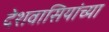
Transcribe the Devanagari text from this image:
देशवासियांच्या